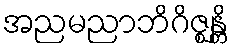
အညမညာဘိဂိဇ္ဈန္တိ